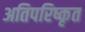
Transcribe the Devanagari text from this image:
अतिपरिष्कृत